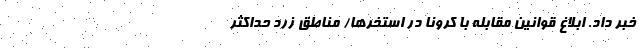
خبر داد. ابلاغ قوانین مقابله با کرونا در استخرها/ مناطق زرد حداکثر